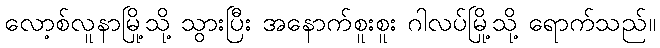
လော့စ်လူနာမြို့သို့ သွားပြီး အနောက်စူးစူး ဂါလပ်မြို့သို့ ရောက်သည်။